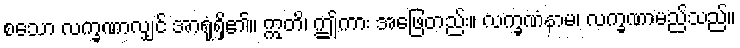
စသော လက္ခဏာလျှင် အာရုံရှိ၏။ ဣတိ၊ ဤကား အဖြေတည်း။ လက္ခဏံနာမ၊ လက္ခဏာမည်သည်။